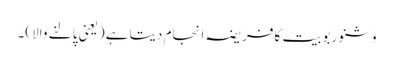
وشنو ربوبیت کا فریضہ انجام دیتاہے (یعنی پالنے والا)۔